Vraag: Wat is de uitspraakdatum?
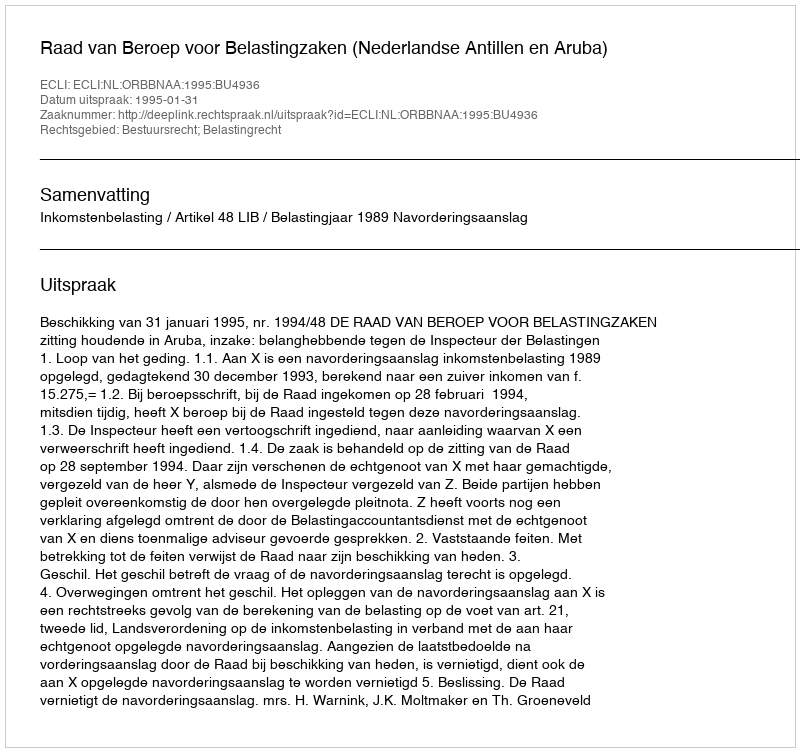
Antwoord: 1995-01-31